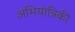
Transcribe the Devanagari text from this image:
अभियांत्रिकी